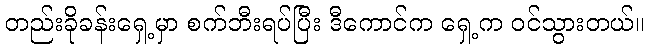
တည်းခိုခန်းရှေ့မှာ စက်ဘီးရပ်ပြီး ဒီကောင်က ရှေ့က ဝင်သွားတယ်။